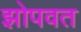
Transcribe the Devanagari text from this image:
झोपवत